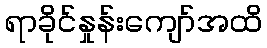
ရာခိုင်နှုန်းကျော်အထိ